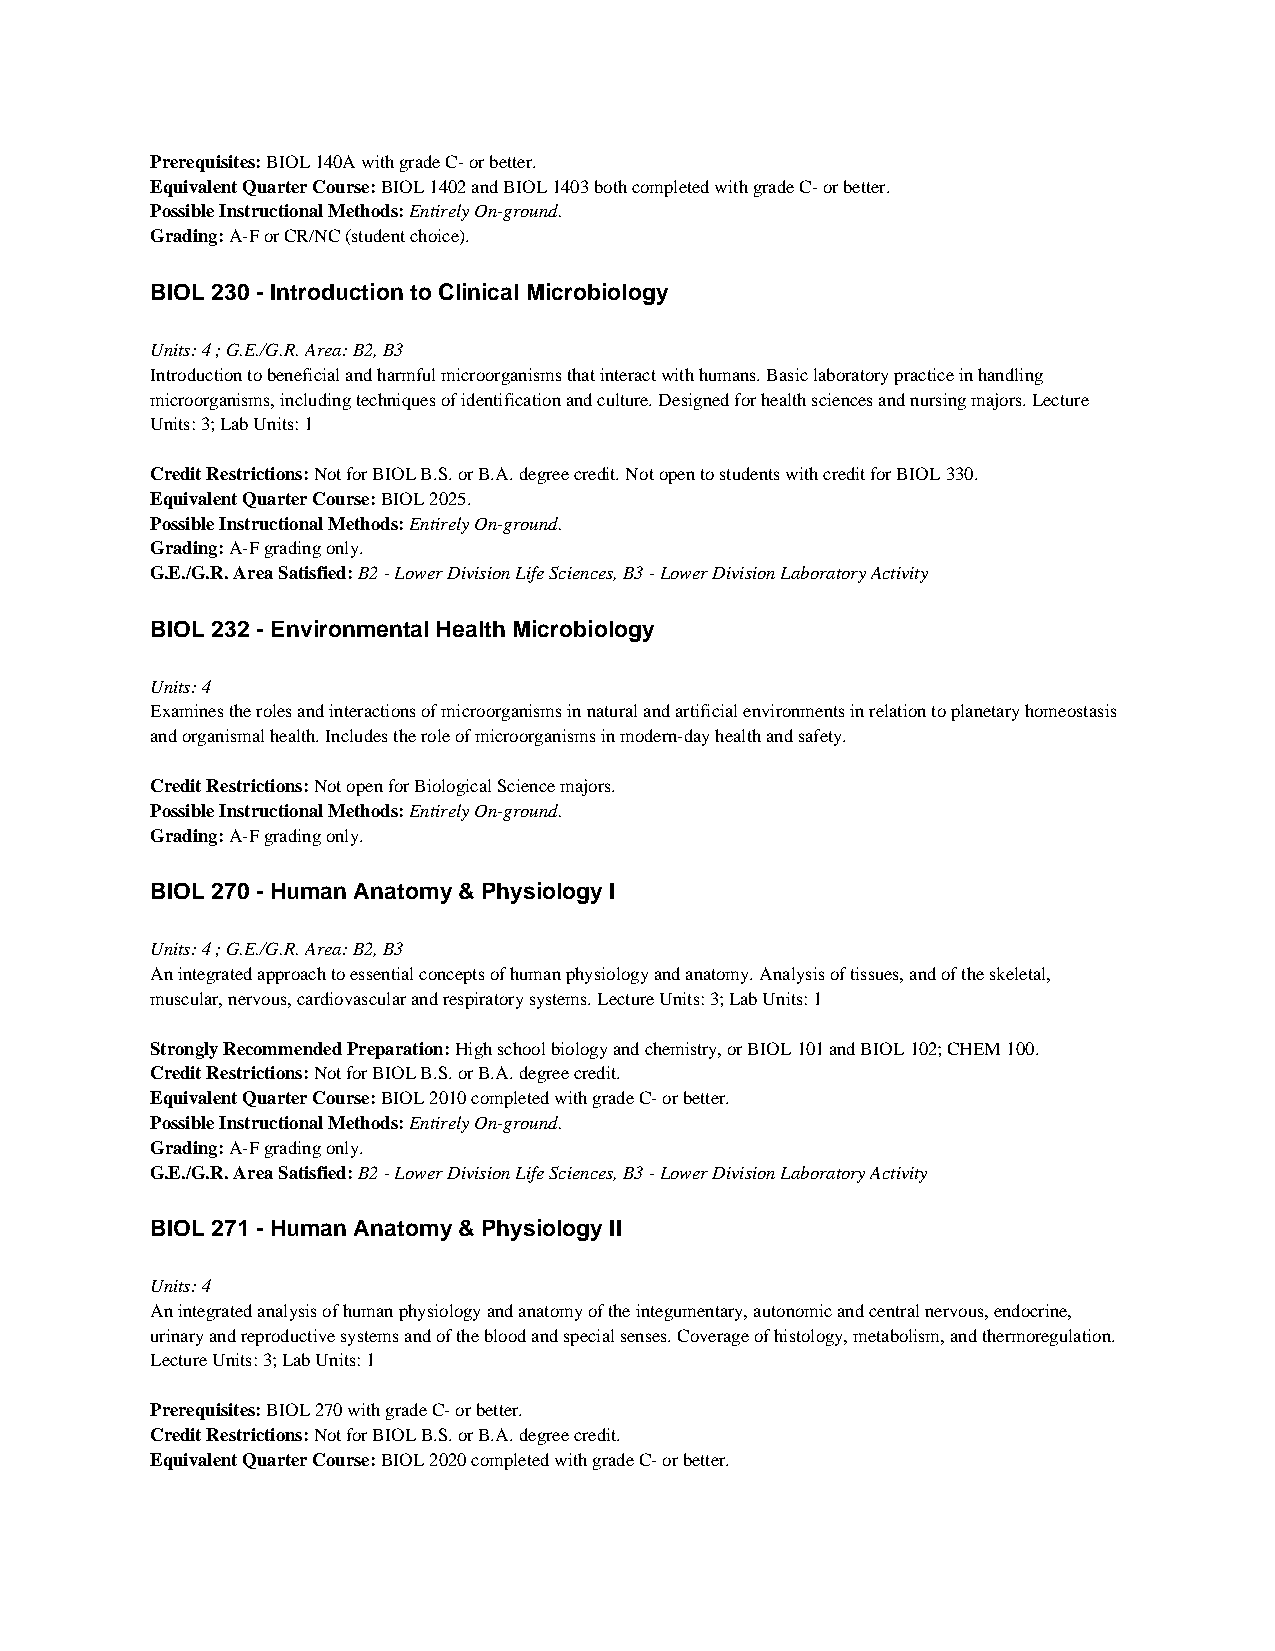
Prerequisites: BIOL 140A with grade C- or better.
 Equivalent Quarter Course: BIOL 1402 and BIOL 1403 both completed with grade C- or better.
 Possible Instructional Methods: Entirely On-ground.
 Grading: A-F or CR/NC (student choice).
 BIOL 230 - Introduction to Clinical Microbiology
 Units: 4 ; G.E./G.R. Area: B2, B3
 Introduction to beneficial and harmful microorganisms that interact with humans. Basic laboratory practice in handling
 microorganisms, including techniques of identification and culture. Designed for health sciences and nursing majors. Lecture
 Units: 3; Lab Units: 1
 Credit Restrictions: Not for BIOL B.S. or B.A. degree credit. Not open to students with credit for BIOL 330.
 Equivalent Quarter Course: BIOL 2025.
 Possible Instructional Methods: Entirely On-ground.
 Grading: A-F grading only.
 G.E./G.R. Area Satisfied: B2 - Lower Division Life Sciences, B3 - Lower Division Laboratory Activity
 BIOL 232 - Environmental Health Microbiology
 Units: 4
 Examines the roles and interactions of microorganisms in natural and artificial environments in relation to planetary homeostasis
 and organismal health. Includes the role of microorganisms in modern-day health and safety.
 Credit Restrictions: Not open for Biological Science majors.
 Possible Instructional Methods: Entirely On-ground.
 Grading: A-F grading only.
 BIOL 270 - Human Anatomy & Physiology I
 Units: 4 ; G.E./G.R. Area: B2, B3
 An integrated approach to essential concepts of human physiology and anatomy. Analysis of tissues, and of the skeletal,
 muscular, nervous, cardiovascular and respiratory systems. Lecture Units: 3; Lab Units: 1
 Strongly Recommended Preparation: High school biology and chemistry, or BIOL 101 and BIOL 102; CHEM 100.
 Credit Restrictions: Not for BIOL B.S. or B.A. degree credit.
 Equivalent Quarter Course: BIOL 2010 completed with grade C- or better.
 Possible Instructional Methods: Entirely On-ground.
 Grading: A-F grading only.
 G.E./G.R. Area Satisfied: B2 - Lower Division Life Sciences, B3 - Lower Division Laboratory Activity
 BIOL 271 - Human Anatomy & Physiology II
 Units: 4
 An integrated analysis of human physiology and anatomy of the integumentary, autonomic and central nervous, endocrine,
 urinary and reproductive systems and of the blood and special senses. Coverage of histology, metabolism, and thermoregulation.
 Lecture Units: 3; Lab Units: 1
 Prerequisites: BIOL 270 with grade C- or better.
 Credit Restrictions: Not for BIOL B.S. or B.A. degree credit.
 Equivalent Quarter Course: BIOL 2020 completed with grade C- or better.